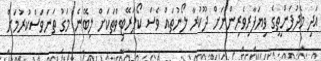
އަދި މެދުފަންތީގެ ވިޔަފާރިވެރިންނަށް ދޫކުރާ ލޯނުތައް ވެސް ކޯޕަރޭޓިވްތަކަށް ލިބޭނެ މަގު ތަނަވަސްކުރުމަށް